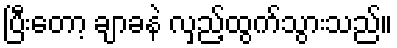
ပြီးတော့ ချာခနဲ လှည့်ထွက်သွားသည်။